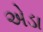
એડા